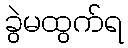
ခွဲမထွက်ရ